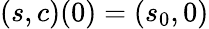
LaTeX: (s,c)(0)=(s_{0},0)